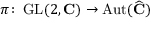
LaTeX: \pi \colon \operatorname { G L } ( 2 , \mathbf { C } ) \to \operatorname { A u t } ( { \widehat { \mathbf { C } } } )